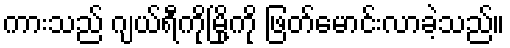
ကားသည် ဂျယ်ရီကိုမြို့ကို ဖြတ်မောင်းလာခဲ့သည်။